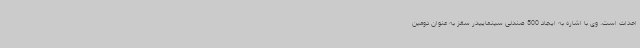
احداث است. وی با اشاره به ایجاد 500 صندلی سینماییدر سقز به عنوان دومین